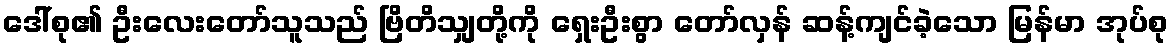
ဒေါ်စု၏ ဦးလေးတော်သူသည် ဗြိတိသျှတို့ကို ရှေးဦးစွာ တော်လှန် ဆန့်ကျင်ခဲ့သော မြန်မာ အုပ်စု